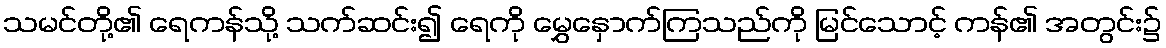
သမင်တို့၏ ရေကန်သို့ သက်ဆင်း၍ ရေကို မွှေနှောက်ကြသည်ကို မြင်သောင့် ကန်၏ အတွင်း၌